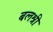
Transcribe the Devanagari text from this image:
बलश्री